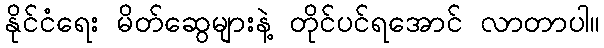
နိုင်ငံရေး မိတ်ဆွေများနဲ့ တိုင်ပင်ရအောင် လာတာပါ။